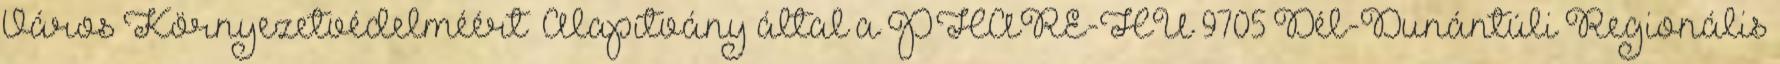
Város Környezetvédelméért” Alapítvány által a PHARE-HU 9705 Dél-Dunántúli Regionális